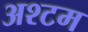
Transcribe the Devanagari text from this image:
अश्टम